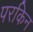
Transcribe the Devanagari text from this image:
परकिन